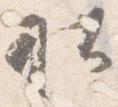
社